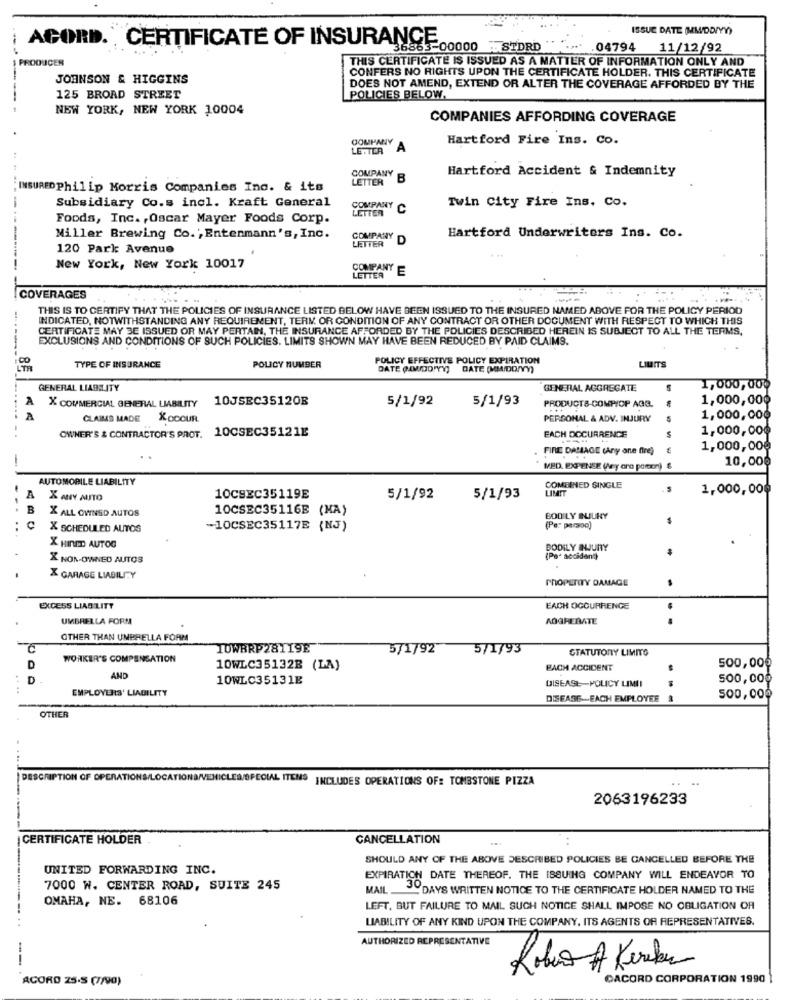
ISSUE DATE (MWDOTYY)
ACORD. CERTIFICATE OF INSURANCE
36863-00000 STDRD
.04794 11/12/92
--
PRODUCER
THIS CERTIFICATE IS ISSUED AS A MATTER OF INFORMATION ONLY AND
JOHNSON & HIGGINS
CONFERS NO RIGHTS UPON THE CERTIFICATE HOLDER. THIS CERTIFICATE
DOES NOT AMEND, EXTEND OR ALTER THE COVERAGE AFFORDED BY THE
125 BROAD STREET
POLICIES BELOW.
NEW YORK, NEW YORK 10004
COMPANIES AFFORDING COVERAGE
COMPANY
Hartford Fire Ins. Co.
LE . TER
COMPANY
Hartford Accident & Indemnity
LETTER
B
INSURED Philip Morris Companies Inc. & its
Subsidiary Co.s incl. Kraft General
COMPANY
LETTER
C
Twin City Fire Ins. Co.
Foods, Inc. , Oscar Mayer Foods Corp.
Miller Brewing Co. ; Entenmann's, Inc.
COMPANY
LETTER
D
Hartford Underwriters Ins. Co.
120 Park Avenue
--
New York, New York 10017
COMPANY E
LETTER
COVERAGES
THIS IS TO CERTIFY THAT THE POLICIES OF INSURANCE LISTED BELOW HAVE BEEN ISSUED TO THE INSURED NAMED ABOVE FOR THE POLICY PERIOD
INDICATED, NOTWITHSTANDING ANY REQUIREMENT, TERK OR CONDITION OF ANY CONTRACT OR OTHER DOCUMENT WITH RESPECT TO WHICH THIS
CERTIFICATE MAY BE ISSUED OR MAY PERTAN, THE INSURANCE AFFORDED BY THE POLICIES DESCRIBED HEREIN IS SUBJECT TO ALL THE TERMS,
EXCLUSIONS AND CONDITIONS OF SUCH POLICIES. LIMITS SHOWN MAY HAVE BEEN REDUCED BY PAID CLAIMS.
POLICY EFFECTIVE POLICY EXPIRATION
TYPE OF INSURANCE
POLICY NUMBER
DATE (MDO"Y"Y)
DATE (MMIDONY)
LIUITS
GENERAL LIABILITY
GENERAL AGGREGATE
1,000,000
10JSEC35120B
5/1/92
5/1/93
1,000,000
A X COMMERCIAL GENERAL LIABILITY
PRODUCTS-COMPIOP AGG.
CLAIMS MADE KOCOUR
PERSONAL & ADV. INJURY
1,000,000
--..... ..
OWNER'S & CONTRACTOR'S PROT. 10CSEC35121E
1,000,000
EACH DOCURRENCE
FIRE DAMAGE (Any one fire)
1,000,000
-
10,00€
MED. EXPENSE Wey ana pamon) 6
AUTOMOBILE LIABILITY
COMBINED SINGLE
LIMIT
1,000,000
A
X ANY AUTO
10CSEC35119E
5/1/92
5/1/93
...
B
X ALL OVINSD AUTOS
10CSEC35116E (MA)
BODILY BLURY
..
X SCHEDULED AUTOS
-10CSEC35117E (NJ)
(Per person)
X HINED AUTOG
BODILY INJURY
X NON-OWNED AUTOS
(Pa. accident)
X GARAGE LIABILITY
PROPERTY DAMAGE
EXCESS LIABILITY
EACH OGCURRENGE
UMBRELLA FORMA
AGGRERATE
OTHER THAN UMBRELLA FORM
IUWBRP28119E
571792
5/1/93
STATUTORY LIMITS
WORKER'S COMPENSATION
500,000
D
10WLC35132B (LA)
EACH ACCIDENT
D
AND
10WLC35131E
500,000
...
EMPLOYERS' LIABILITY
DISEASE-POLICY LIMII
DISEASE-EACH EMPLOYEE &
500,000
OTHER
DESCRIPTION OF OPERATIONS/LOCATIONS/VEHICLES/SPECIAL ITENS INCLUDES OPERATIONS OF: TOMBSTONE PIZZA
2063196233
CERTIFICATE HOLDER
CANCELLATION
SHOULD ANY OF THE ABOVE DESCRIBED POLICIES BE CANCELLED BEFORE THE
UNITED FORWARDING INC.
EXPIRATION DATE THEREOF. THE ISSUING COMPANY WILL ENDEAVOR TO
7000 W. CENTER ROAD, SUITE 245
MAIL . 3DAYS WRITTEN NOTICE TO THE CERTIFICATE HOLDER NAMED TO THE
OMAHA, NE. 68106
LEFT, BUT FAILURE TO MAIL SUCH NOTICE SHALL IMPOSE NO OBLIGATION OF
LIABILITY OF ANY KIND UPON THE COMPANY, ITS AGENTS OF REPRESENTATIVES.
AUTHORIZED REPRESENTATIVE
--
Robo A Kerekes
ACORO 25-S (7/90)
CACORD CORPORATION 1990 |